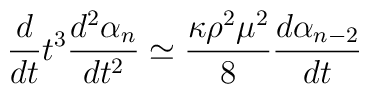
\frac{d}{dt}t^3\frac{d^2\alpha_n}{dt^2}\simeq\frac{\kappa \rho ^2\mu ^2}{8}\frac{d\alpha_{n-2}}{dt}